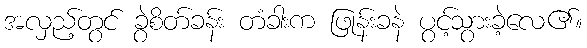
အလှည့်တွင် ခွဲစိတ်ခန်း တံခါးက ဖြုန်းခနဲ ပွင့်သွားခဲ့လေ၏။